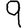
Digit: 9